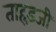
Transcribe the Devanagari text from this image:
ताहड़जी